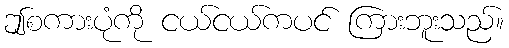
ဤစကားပုံကို ငယ်ငယ်ကပင် ကြားဘူးသည်။